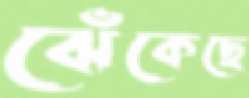
ঝেঁকেছে